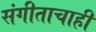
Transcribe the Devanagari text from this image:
संगीताचाही